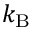
\, k _ { \mathrm { { B } } }